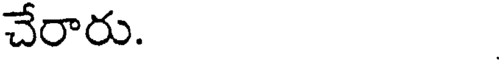
చేరారు.